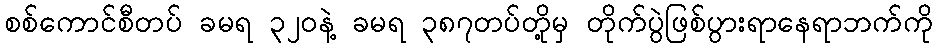
စစ်ကောင်စီတပ် ခမရ ၃၂၀နဲ့ ခမရ ၃၈၇တပ်တို့မှ တိုက်ပွဲဖြစ်ပွားရာနေရာဘက်ကို